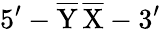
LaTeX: \mathrm{5^{\prime}-\overline{{Y}}\, \overline{{X}}-3^{\prime}}